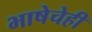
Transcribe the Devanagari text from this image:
भाषेचेही